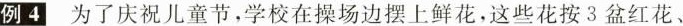
例4 为了庆祝儿童节，学校在操场边摆上鲜花，这些花按3盆红花、